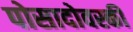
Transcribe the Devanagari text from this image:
पोसादोवस्की